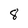
Character: 8